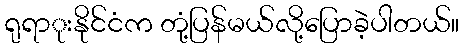
ရုရာုးနိုင်ငံက တုံ့ပြန်မယ်လို့ပြောခဲ့ပါတယ်။